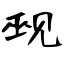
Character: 觋